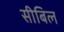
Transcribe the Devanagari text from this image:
सीबिल